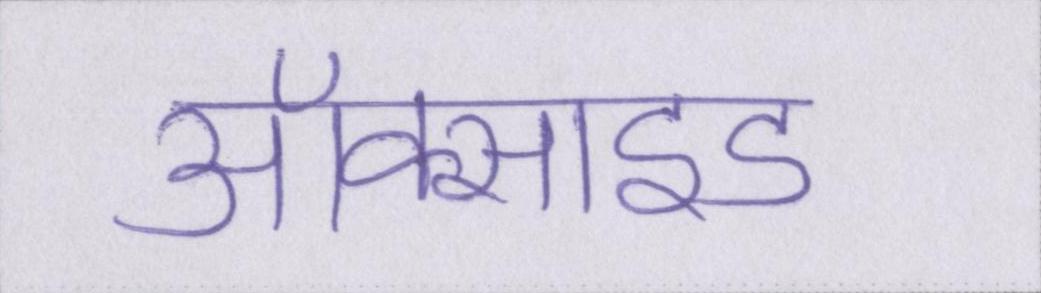
ऑक्साइड